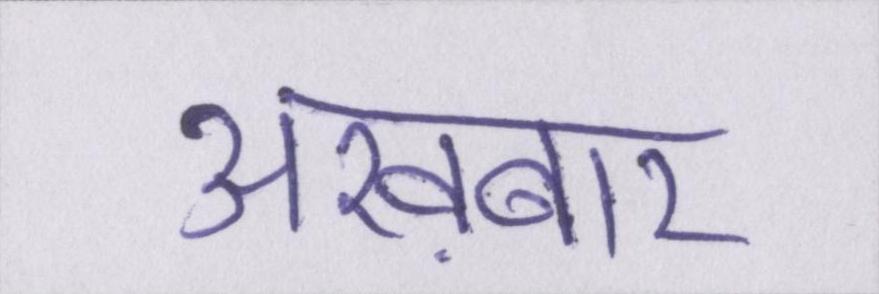
अख़बार